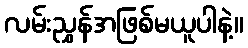
လမ်းညွှန်အဖြစ်မယူပါနဲ့။